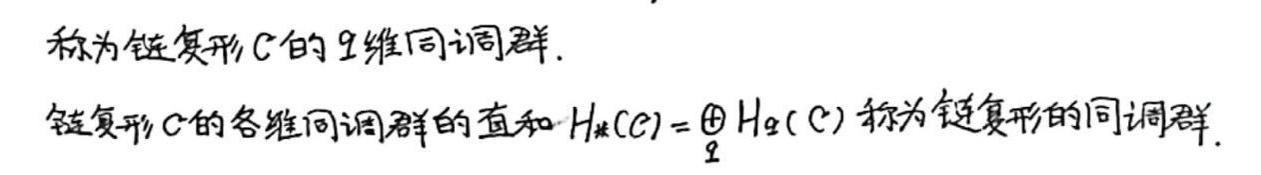
称为链复形 \(C\) 的 \(q\) 维同调群.
链复形 \(C\) 的各维同调群的直和 \(H_*(C)=\bigoplus_{q} H_q(C)\) 称为链复形的同调群.